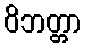
ဝိဘတ္တာ